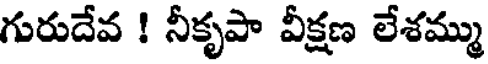
గురుదేవ ! నీకృపా వీక్షణ లేశమ్ము